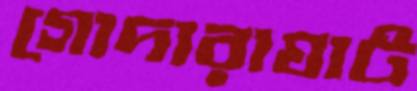
গোদারাঘাট